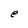
Character: e